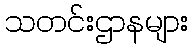
သတင်းဌာနများ